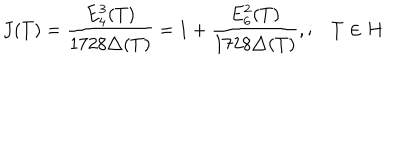
J ( T ) = \frac { E _ { 4 } ^ { 3 } ( T ) } { 1 7 2 8 \triangle ( T ) } = 1 + \frac { E _ { 6 } ^ { 2 } ( T ) } { 1 7 2 8 \triangle ( T ) } , ; T \in H